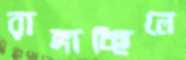
রাঙ্গাচ্ছিলে